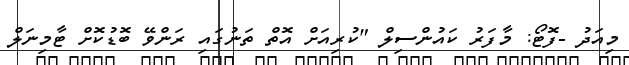
މިއަދު -ފޮޓޯ: މާފަރު ކައުންސިލް "ކުރިއަށް އޮތް ތަނުގައި ރަންވޭ ބޮޑުކޮށް ޓާމިނަލް